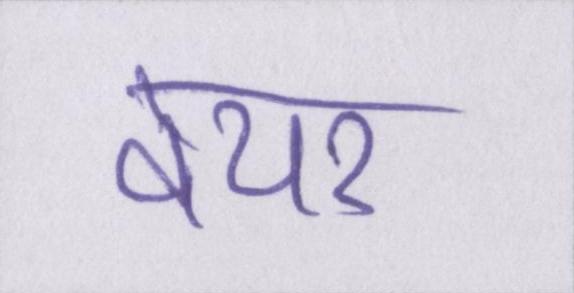
वेयर